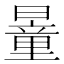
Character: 𣊹